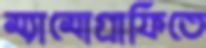
ম্যামোগ্রাফিতে